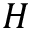
H